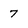
Character: 7